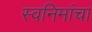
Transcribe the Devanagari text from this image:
स्वनिमांचा